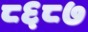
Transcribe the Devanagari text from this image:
८६८७